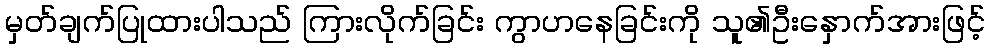
မှတ်ချက်ပြုထားပါသည် ကြားလိုက်ခြင်း ကွာဟနေခြင်းကို သူ၏ဦးနှောက်အားဖြင့်